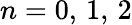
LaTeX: n=0,\, 1,\, 2